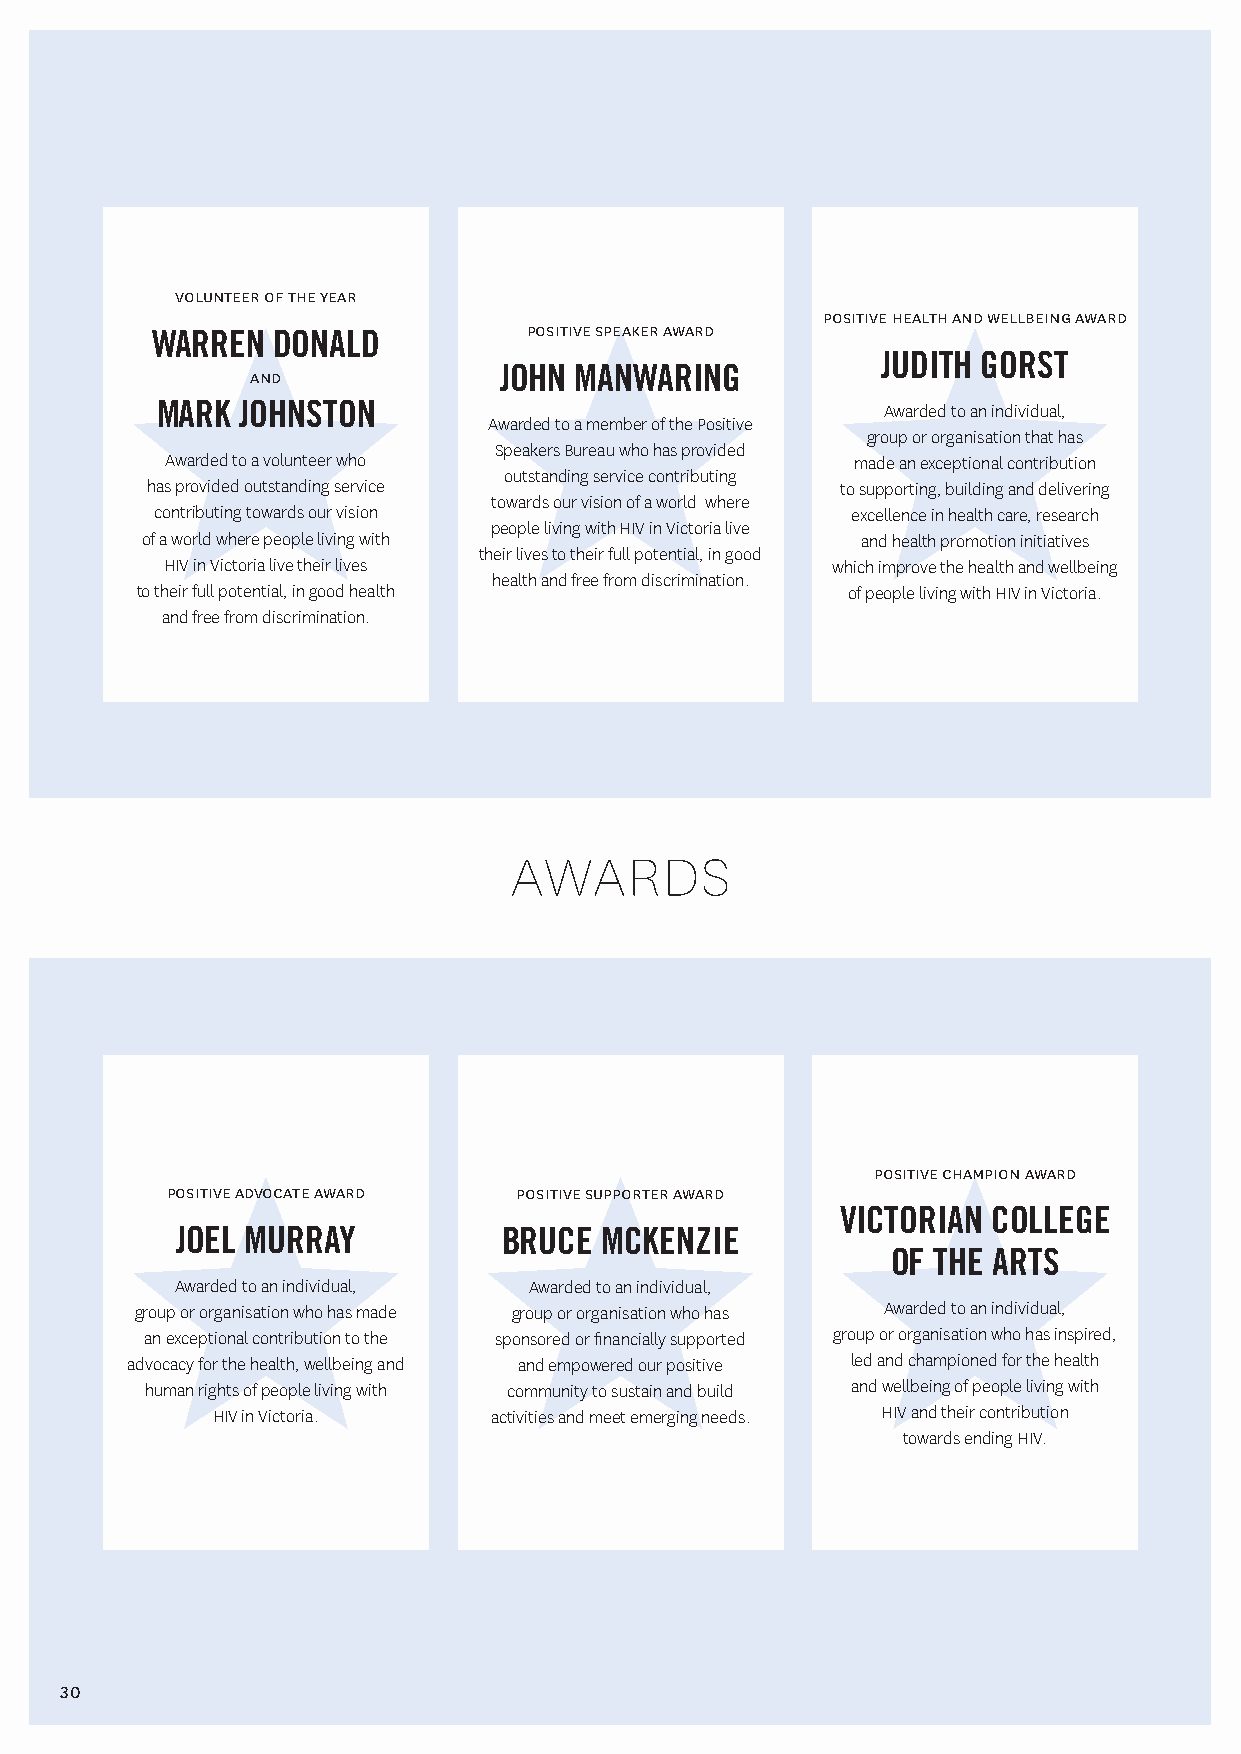
volunteer of the year
 positive health and wellbeing award
 positive speaker award
 WARREN  DONALD
 JUDITH GORST
 JOHN MANWARING
 and
 MARK  JOHNSTON                                  Awarded to an individual,
 Awarded to a member of the Positive
 group or organisation that has
 Speakers Bureau who has provided
 Awarded to a volunteer who                   made an exceptional contribution
 outstanding service contributing
 has provided outstanding service              to supporting, building and delivering
 towards our vision of a world where
 contributing towards our vision               excellence in health care, research
 people living with HIV in Victoria live
 of a world where people living with             and health promotion initiatives
 their lives to their full potential, in good
 HIV in Victoria live their lives            which improve the health and wellbeing
 health and free from discrimination.
 to their full potential, in good health        of people living with HIV in Victoria.
 and free from discrimination.
 awards
 positive champion award
 positive advocate award positive supporter award
 VICTORIAN COLLEGE
 JOEL MURRAY          BRUCE  MCKENZIE
 OF THE ARTS
 Awarded to an individual, Awarded to an individual,
 group or organisation who has made group or organisation who has Awarded to an individual,
 an exceptional contribution to the sponsored or financially supported group or organisation who has inspired,
 advocacy for the health, wellbeing and and empowered our positive led and championed for the health
 human rights of people living with community to sustain and build and wellbeing of people living with
 HIV in Victoria.  activities and meet emerging needs. HIV and their contribution
 towards ending HIV.
 30